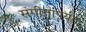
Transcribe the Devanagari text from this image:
संगीतापर्यंत